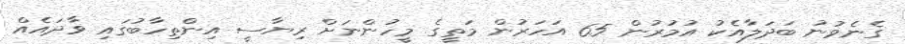
ގެނެވުނު ބަދަލާއެކު އުމުރުން 65 އަހަރުން މަތީގެ މީހުންނަށް ރިޔާސީ އިންތިހާބުގައި ވާދައެއް